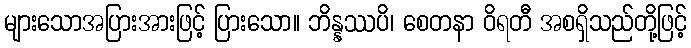
များသောအပြားအားဖြင့် ပြားသော။ ဘိန္နဿပိ၊ စေတနာ ဝိရတီ အစရှိသည်တို့ဖြင့်